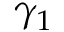
\gamma _ { 1 }